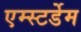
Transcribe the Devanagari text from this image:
एम्स्टर्डेम